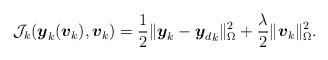
LaTeX: \begin{align*} \mathcal{J}_k(\boldsymbol{y}_k(\boldsymbol{v}_k),\boldsymbol{v}_k) = \frac{1}{2} \|\boldsymbol{y}_k-{\boldsymbol{y}_d}_k\|_{\Omega}^2 + \frac{\lambda}{2} \|\boldsymbol{v}_k\|_{\Omega}^2. \end{align*}